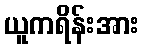
ယူကရိန်းအား